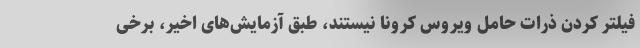
فیلتر کردن ذرات حامل ویروس کرونا نیستند، طبق آزمایش‌های اخیر، برخی